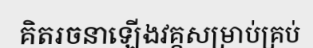
គិតរចនាឡើងវគ្គសម្រាប់គ្រប់